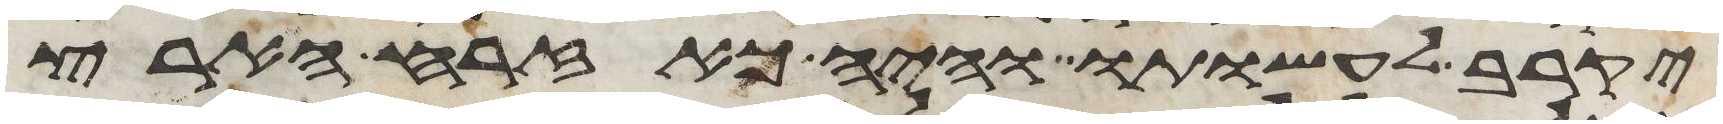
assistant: יקרב לעשותו והיה כאזרח הארץ